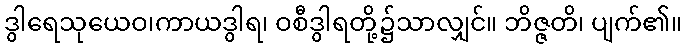
ဒွါရေသုယေဝ၊ကာယဒွါရ၊ ဝစီဒွါရတို့၌သာလျှင်။ ဘိဇ္ဇတိ၊ ပျက်၏။